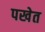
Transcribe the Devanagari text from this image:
पखेत